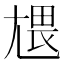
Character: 㞇